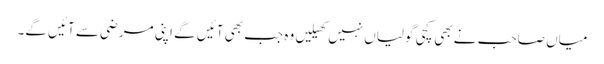
میاں صاحب نے بھی کچی گولیاں نہیں کھیلیں وہ جب بھی آئیں گے اپنی مرضی سے آئیں گے۔